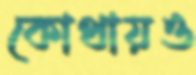
কোথায়ও